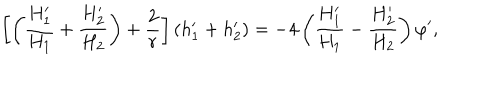
\left[ \left( { \frac { H _ { 1 } ^ { \prime } } { H _ { 1 } } } + { \frac { H _ { 2 } ^ { \prime } } { H _ { 2 } } } \right) + { \frac { 2 } { r } } \right] ( h _ { 1 } ^ { \prime } + h _ { 2 } ^ { \prime } ) = - 4 \left( { \frac { H _ { 1 } ^ { \prime } } { H _ { 1 } } } - { \frac { H _ { 2 } ^ { \prime } } { H _ { 2 } } } \right) \varphi ^ { \prime } ,